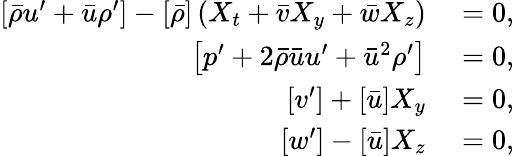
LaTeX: \begin{array}{rl}{\left[\bar{\rho}u^{\prime}+\bar{u}\rho^{\prime}\right]-\left[\bar{\rho}\right]\left(X_{t}+\bar{v}X_{y}+\bar{w}X_{z}\right)}&{{}=0,}\\ {\left[p^{\prime}+2\bar{\rho}\bar{u}u^{\prime}+\bar{u}^{2}\rho^{\prime}\right]}&{{}=0,}\\ {\left[v^{\prime}\right]+\left[\bar{u}\right]X_{y}}&{{}=0,}\\ {\left[w^{\prime}\right]-\left[\bar{u}\right]X_{z}}&{{}=0,}\end{array}